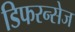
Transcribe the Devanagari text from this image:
डिफरन्सेज